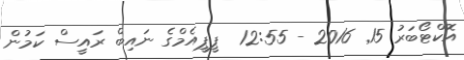
އޮކްޓޯބަރު 15